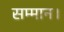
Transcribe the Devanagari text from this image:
सम्‍मान।